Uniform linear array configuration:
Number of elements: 8
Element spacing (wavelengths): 1
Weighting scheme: blackman
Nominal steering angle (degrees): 0
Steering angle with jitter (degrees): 0.3684
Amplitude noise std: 0.05
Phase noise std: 0.05

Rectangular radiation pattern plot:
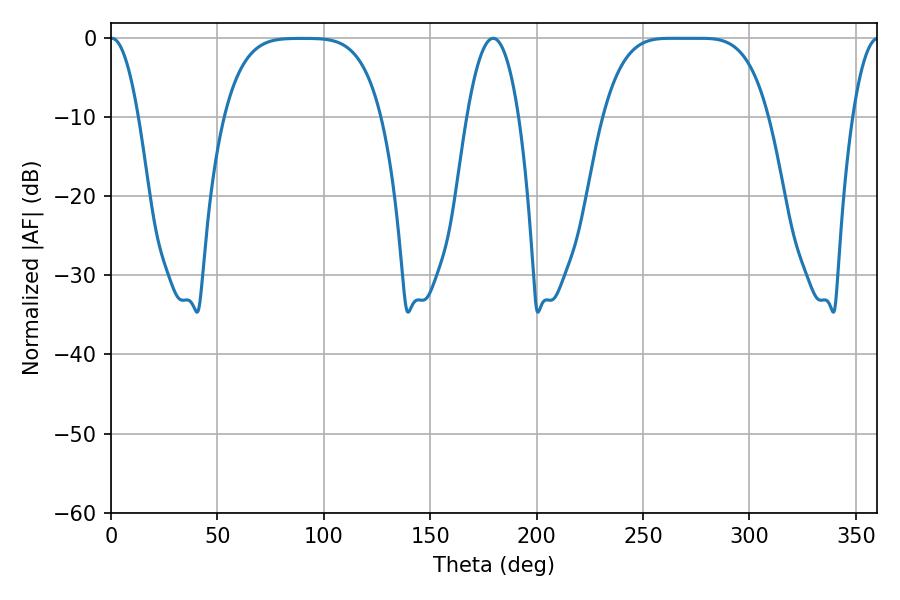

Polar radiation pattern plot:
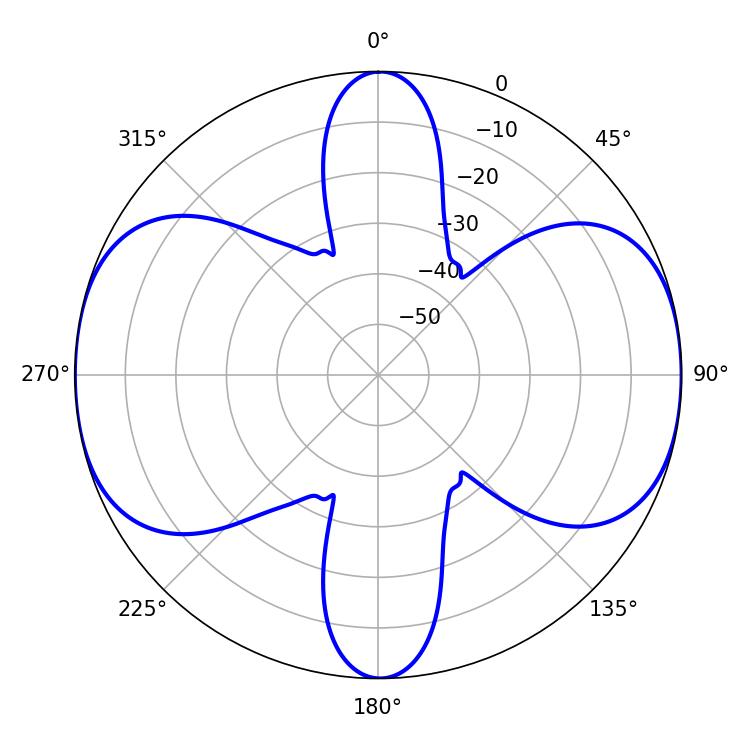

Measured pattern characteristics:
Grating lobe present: TRUE
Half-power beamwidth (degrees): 57.96
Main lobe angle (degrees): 263.16